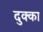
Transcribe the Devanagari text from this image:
दुक्का